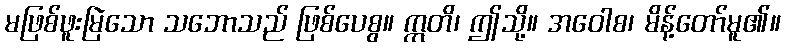
မဖြစ်ဖူးမြဲသော သဘောသည် ဖြစ်ပေစွ။ ဣတိ၊ ဤသို့။ အဝေါစ၊ မိန့်တော်မူ၏။